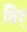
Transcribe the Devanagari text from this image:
चित्र्